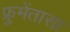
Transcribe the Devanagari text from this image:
फ्रुमेंतासा